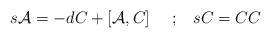
\begin{align*}s{\cal A}=-dC+\left[ {\cal A},C\right] \,\,\,\,\,\,\,;\,\,\,\,\,sC=CC\end{align*}